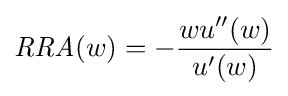
{\mathit {RRA}}(w)=-{\frac {wu''(w)}{u'(w)}}